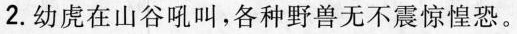
2.幼虎在山谷吼叫，各种野兽无不震惊惶恐。